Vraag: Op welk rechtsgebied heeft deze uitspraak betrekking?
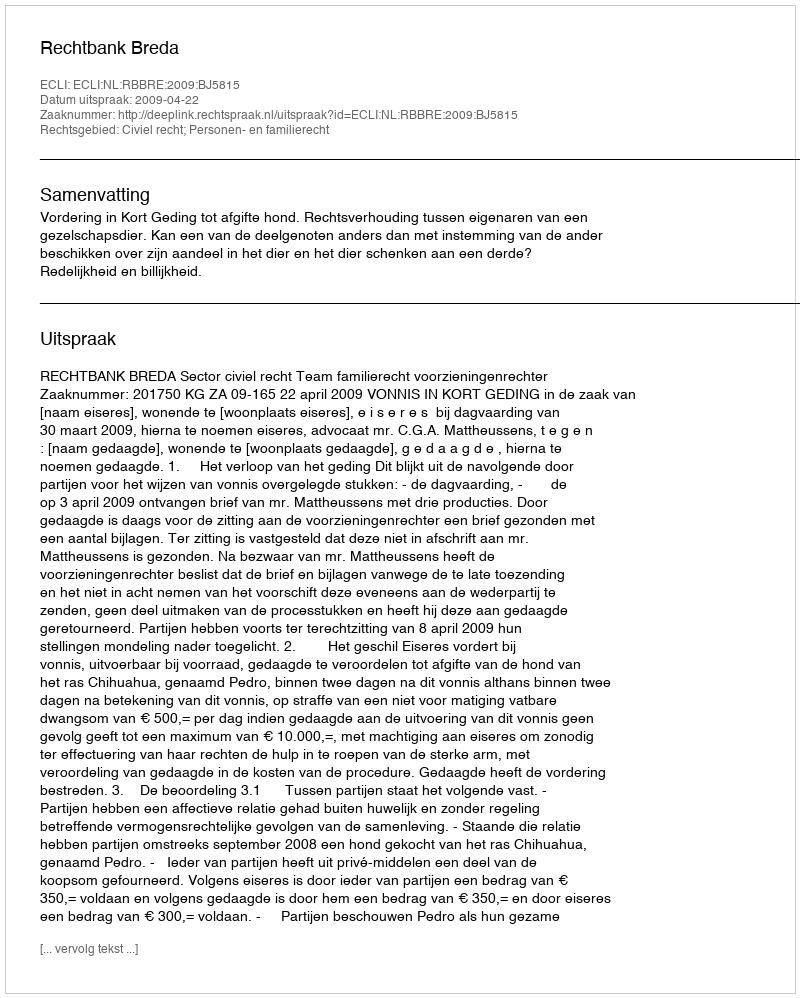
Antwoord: Civiel recht; Personen- en familierecht